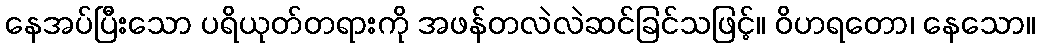
နေအပ်ပြီးသော ပရိယုတ်တရားကို အဖန်တလဲလဲဆင်ခြင်သဖြင့်။ ဝိဟရတော၊ နေသော။